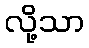
လို့သာ